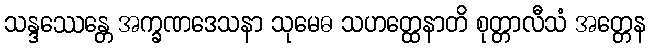
သန္ဒဿေန္တေ အက္ခဏဒေသနာ သုမေဓ သဟတ္ထေနာတိ စုတ္တာလီသံ အတ္တေန